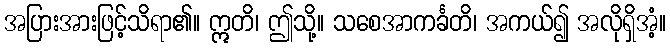
အပြားအားဖြင့်သိရာ၏။ ဣတိ၊ ဤသို့။ သစေအာကင်္ခတိ၊ အကယ်၍ အလိုရှိအံ့။